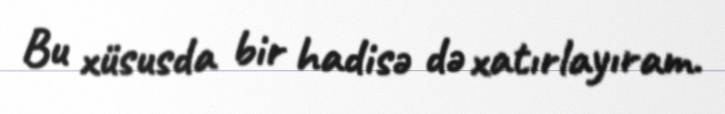
Bu xüsusda bir hadisə də xatırlayıram.